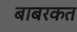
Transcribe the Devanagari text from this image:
बाबरकत